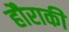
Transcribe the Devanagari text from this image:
हौराकी